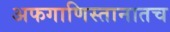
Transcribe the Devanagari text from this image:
अफगाणिस्तानातच